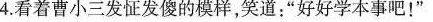
4.看着曹小三发怔发傻的模样，笑道：”好好学本事吧！”